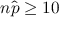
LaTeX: n { \hat { p } } \geq 1 0